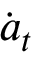
\dot { \boldsymbol { a } } _ { t }